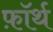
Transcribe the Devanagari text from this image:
फ़ाॅर्थ